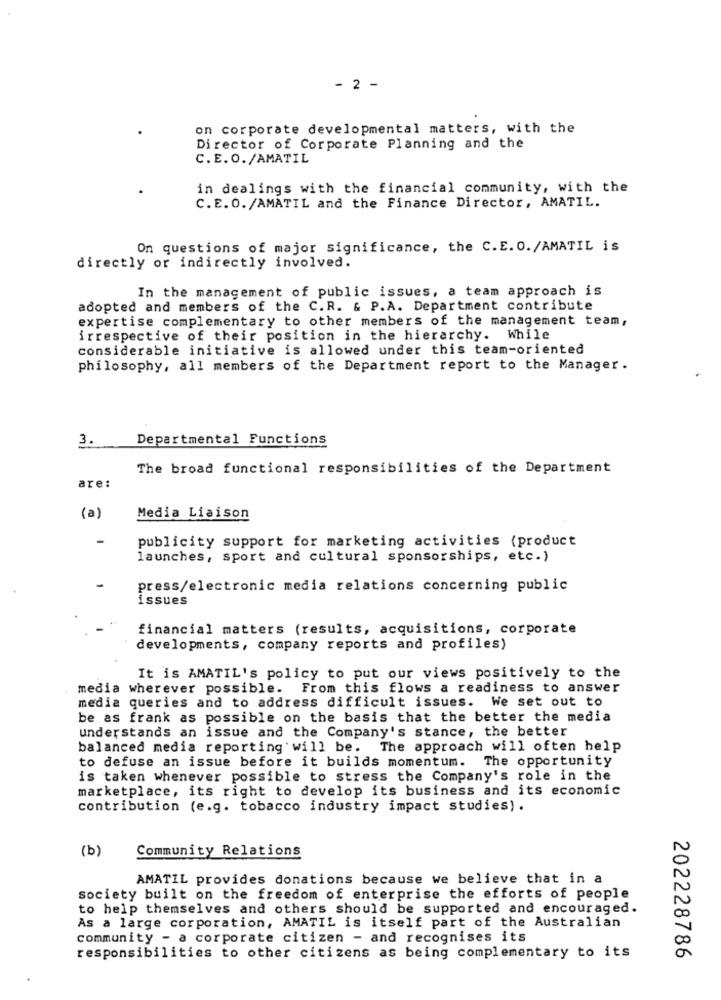
- 2 -
on corporate developmental matters, with the
Director of Corporate Planning and the
C.E.O./AMATIL
in dealings with the financial community, with the
C.E.O. /AMATIL and the Finance Director, AMATIL.
On questions of major significance, the C.E. O./AMATIL is
directly or indirectly involved.
In the management of public issues, a team approach is
adopted and members of the C.R. & P.A. Department contribute
expertise complementary to other members of the management team,
irrespective of their position in the hierarchy. While
considerable initiative is allowed under this team-oriented
philosophy, all members of the Department report to the Manager.
3
Departmental Functions
The broad functional responsibilities of the Department
are:
(a)
Media Liaison
publicity support for marketing activities (product
launches, sport and cultural sponsorships, etc.)
press/electronic media relations concerning public
issues
financial matters (results, acquisitions, corporate
developments, company reports and profiles)
It is AMATIL's policy to put our views positively to the
media wherever possible. From this flows a readiness to answer
media queries and to address difficult issues. We set out to
be as frank as possible on the basis that the better the media
understands an issue and the Company's stance, the better
balanced media reporting will be.
The approach will often help
to defuse an issue before it builds momentum. The opportunity
is taken whenever possible to stress the Company's role in the
marketplace, its right to develop its business and its economic
contribution (e.g. tobacco industry impact studies).
(b)
Community Relations
AMATIL provides donations because we believe that in a
society built on the freedom of enterprise the efforts of people
to help themselves and others should be supported and encouraged.
As a large corporation, AMATIL is itself part of the Australian
community - a corporate citizen - and recognises its
responsibilities to other citizens as being complementary to its
202228786